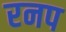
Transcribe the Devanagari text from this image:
रनप